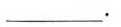
___.